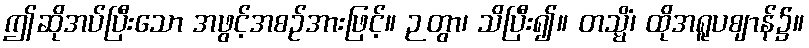
ဤဆိုအပ်ပြီးသော အဖွင့်အစဉ်အားဖြင့်။ ဉတွာ၊ သိပြီး၍။ တသ္မိံ၊ ထိုအရူပဈာန်၌။